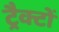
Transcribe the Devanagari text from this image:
ट्रैक्टों